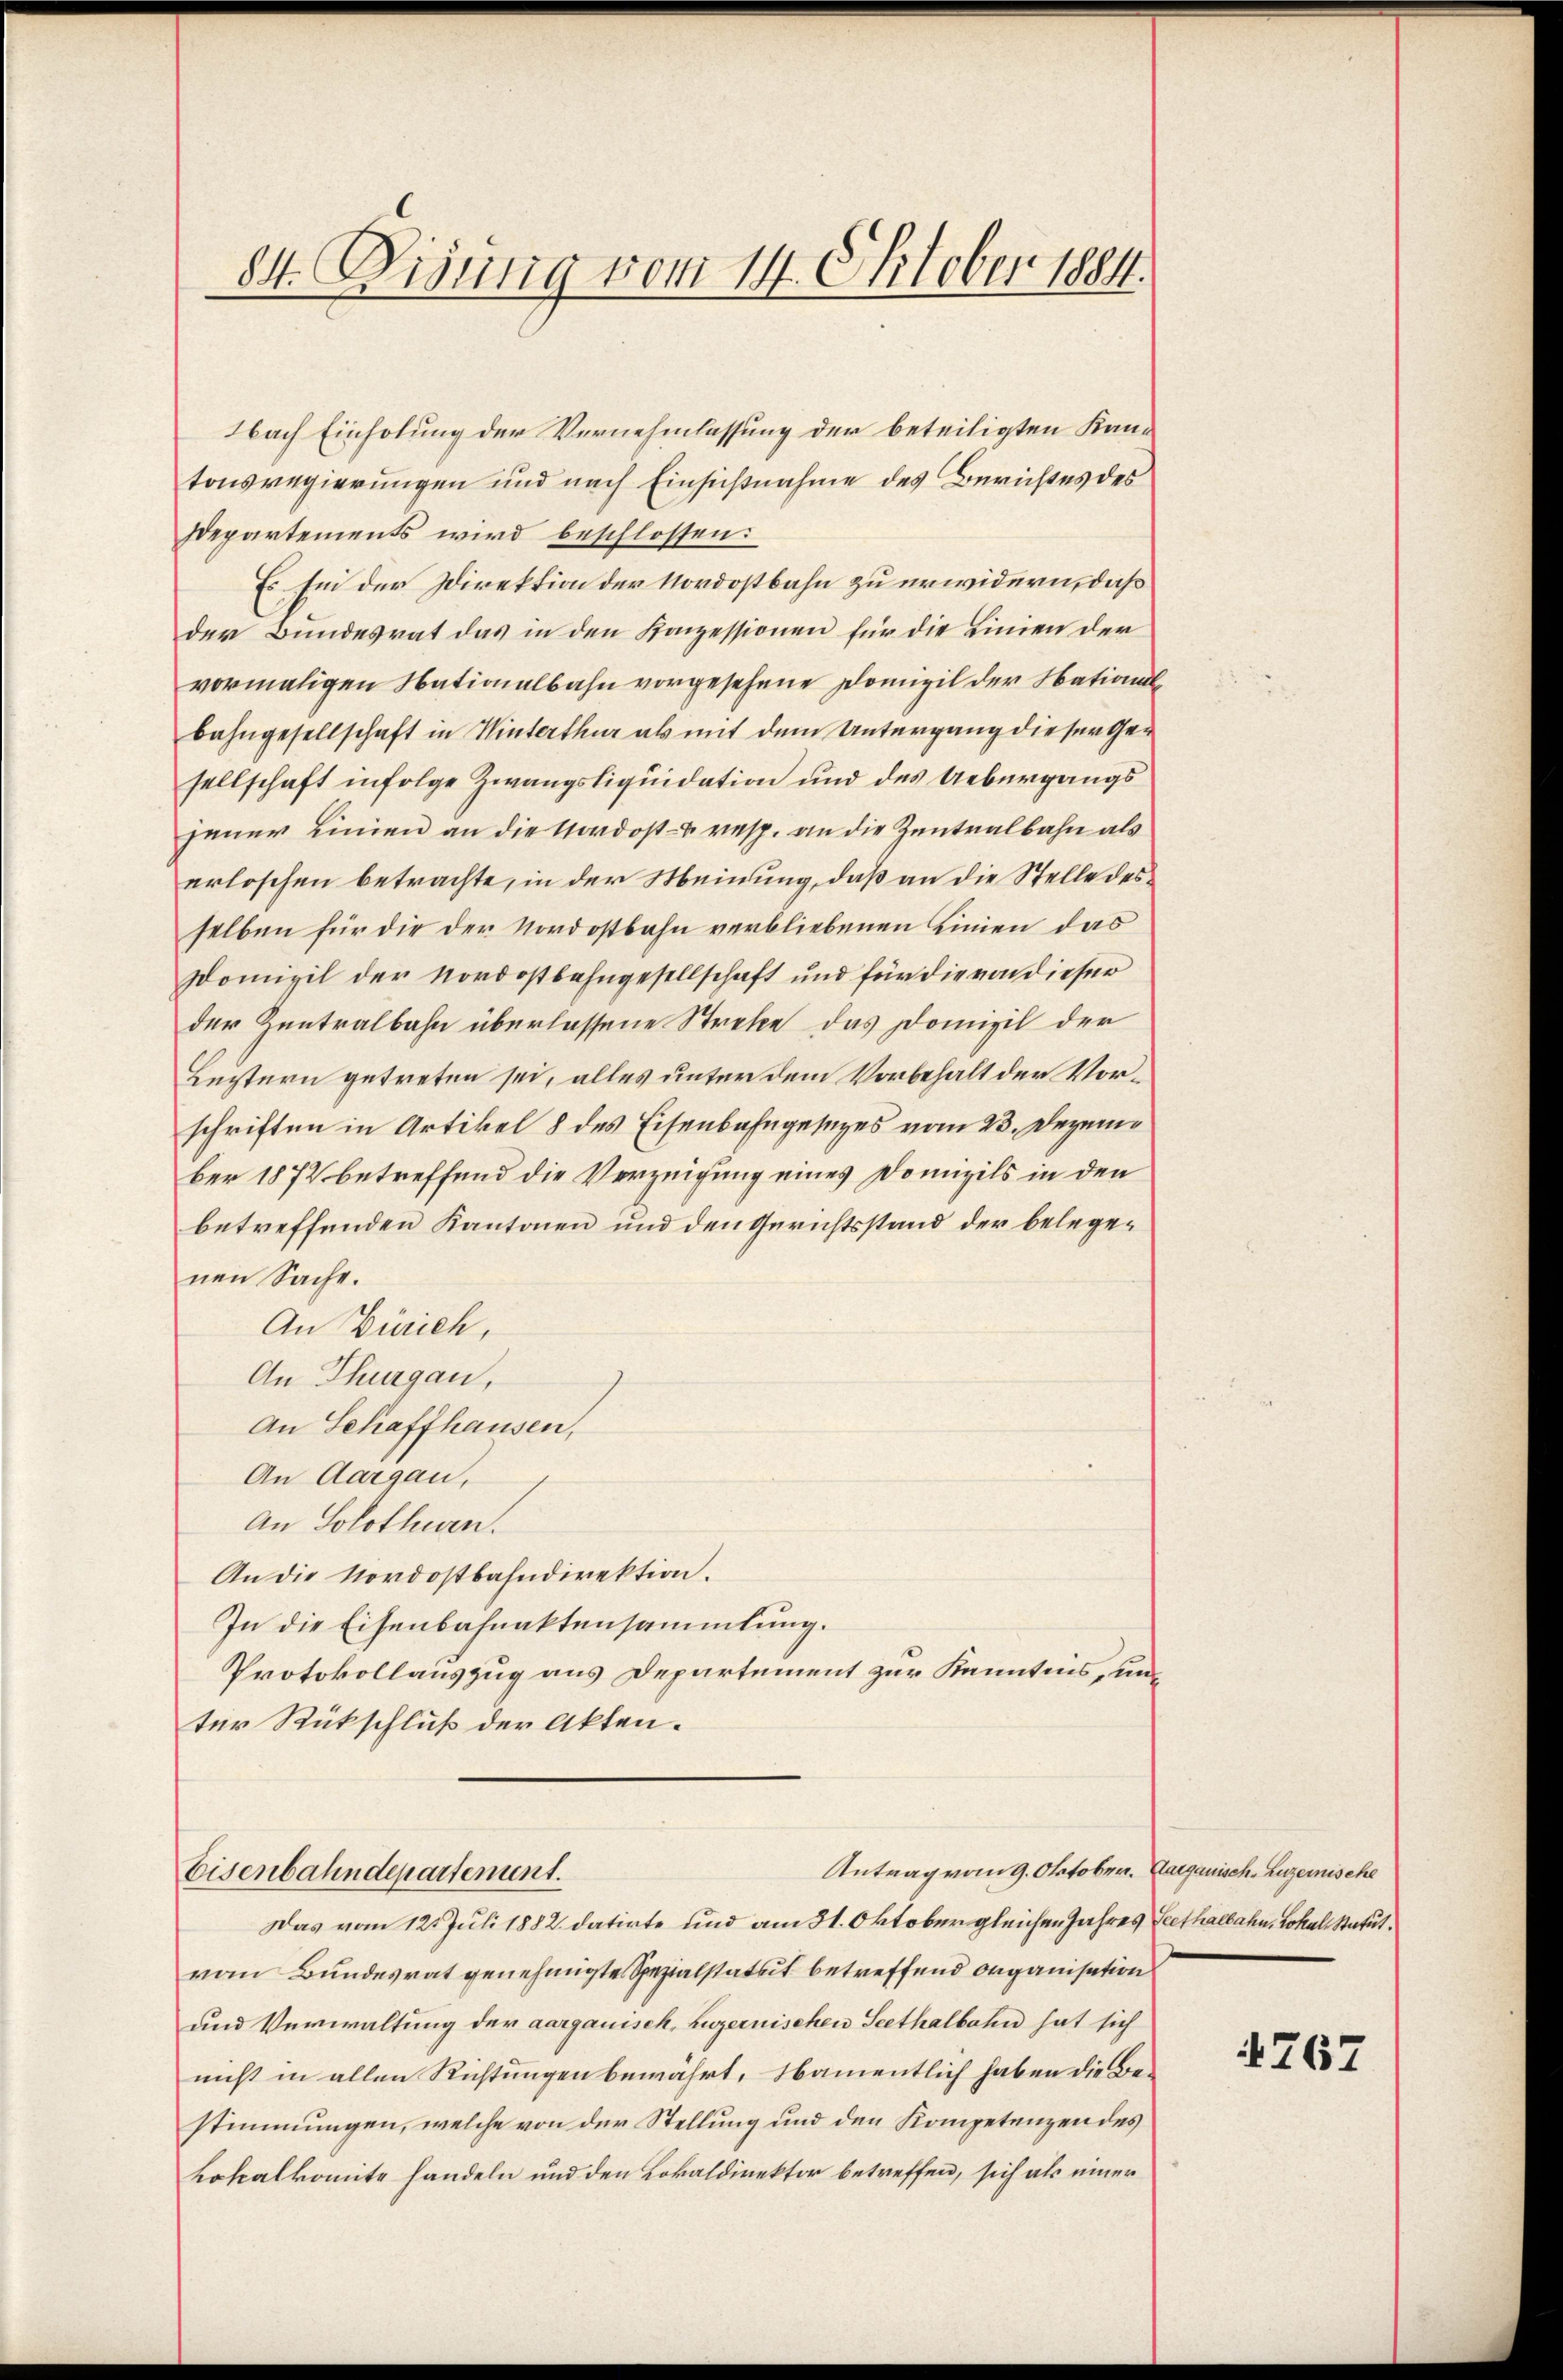
84. Disung vom 14. Oktober 1884.

Nach Einholung der Vernehmlassung der beteiligten Kantonsregierungen und nach Einsichtnahme des Berichtes des
Departements wird beschlossen:
Es Ein der Direktion der Nordostbahn zu erwidern, daß
der Bundesrat das in den Konzessionen für die Linien der
vormaligen Nationalbahn vorgesehene Domizil der Nationalbahngesellschaft in Winterthur als mit dem Untergang dieser Gesellschaft infolge Zwangsliquidation und des Uebergangsjener Linien an die Nordost- u. resp. an die Zentralbahn als
erloschen betrachte, in der Meinung, daß an die Stelle desselben für die der Nordostbahn verbliebenen Linien das
Domizil der Nordostbahngesellschaft und für die von dieser
der Zentralbahn überlassene Streke das Domizil der
Leztern getreten sei, alles unter dem Vorbehalt der Vorschriften in Artikel 8 des Eisenbahngesages vom 23. Dezember 1872 betreffend die Verzeigung eines Domizils in den
betreffenden Kantonen und den Gerichtsstand der belegenen Sache.
An Zürich,
An Thurgau,
An Schaffhausen,
An Aargau,
An Solothurn.
An die Nordostbahndirektion.
In die Eisenbahnaktensammlung.
Protokollauszug aus Departement zur Kenntnis, unter Rückschluß der Akten.

Antrag vom 9. Oktober. Aargauisch, Luzernische
Eisenbahndepartement.

Das vom 12. Juli 1882 datirte und am 31. Oktober gleichen Jahres Leethalbahn, Lokal, Statut
vom Bundesrat genehmigte Spezialstatut betreffend Organisation
und Verwaltung der aargauisch, Luzernischen Seethalbahn hat sich
nicht in allen Richtungen bewährt, Namentlich haben die Bestimmungen, welche von der Stellung und den Kompetenzen des
Lokalkomite handeln und den Lokaldirektor betreffen, sich als einer

767